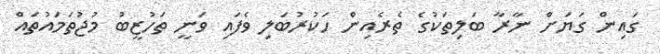
ގައިން ގަޔަށް ނާރާ ބަލިތަކުގެ ތެރެއިން ހަކުރުބަލި ވެފައި ވަނީ ތަހުޒީބު މުޖުތަމައުތައް